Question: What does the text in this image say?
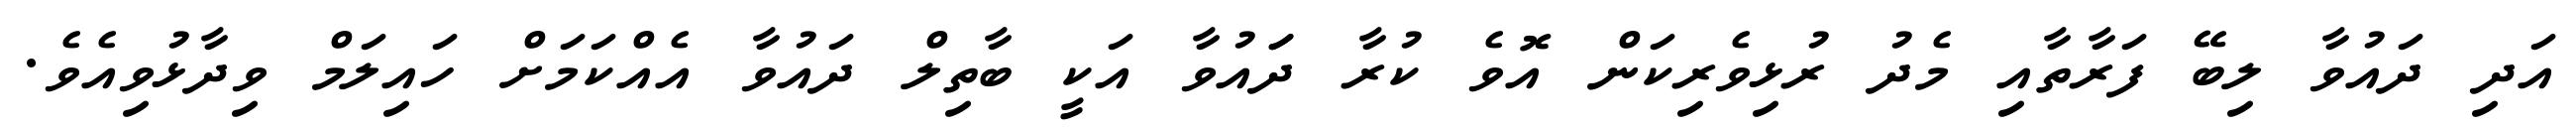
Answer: އަދި ދައުވާ ލިބޭ ފަރާތާއި މެދު ރުޅިވެރިކަން އޮވެ ކުރާ ދަައުވާ އަކީ ބާތިލް ދައުވާ އެއްކަމަށް ހައިލަމް ވިދާޅުވިއެވެ.